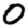
Digit: 0